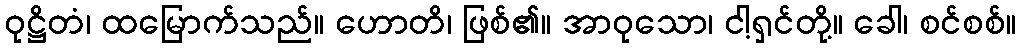
ဝုဋ္ဌိတံ၊ ထမြောက်သည်။ ဟောတိ၊ ဖြစ်၏။ အာဝုသော၊ ငါ့ရှင်တို့။ ခေါ၊ စင်စစ်။